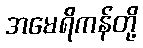
အမေရိကန်တို့